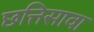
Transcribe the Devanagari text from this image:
छत्तिसावा